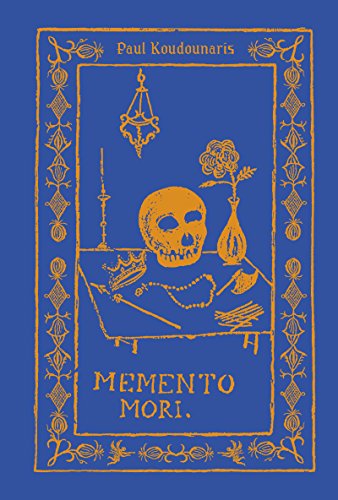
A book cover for Memento Mori: The Dead Among Us; Paul Koudounaris; Arts & Photography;